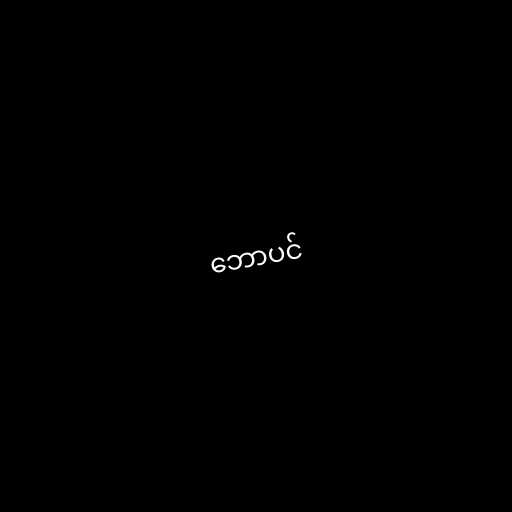
ဘောပင်